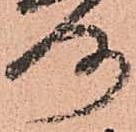
洛